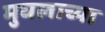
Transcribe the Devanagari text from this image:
मुघलाच्या